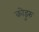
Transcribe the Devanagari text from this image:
कोडुरु